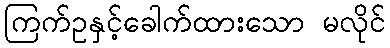
ကြက်ဥနှင့်ခေါက်ထားသော မလိုင်